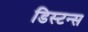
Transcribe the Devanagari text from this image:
डिस्‍टन्स